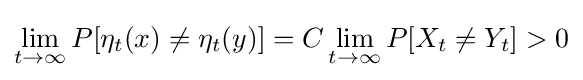
\lim _{t\rightarrow \infty }P[\eta _{t}(x)\neq \eta _{t}(y)]=C\lim _{t\rightarrow \infty }P[X_{t}\neq Y_{t}]>0